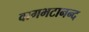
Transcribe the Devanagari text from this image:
वागभटानन्द